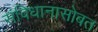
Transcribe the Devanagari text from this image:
संविधानासोबत